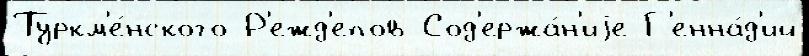
Туркм'е́нского Р'ежд'епов Сод'ержа́н'иjе Г'енна́д'ий